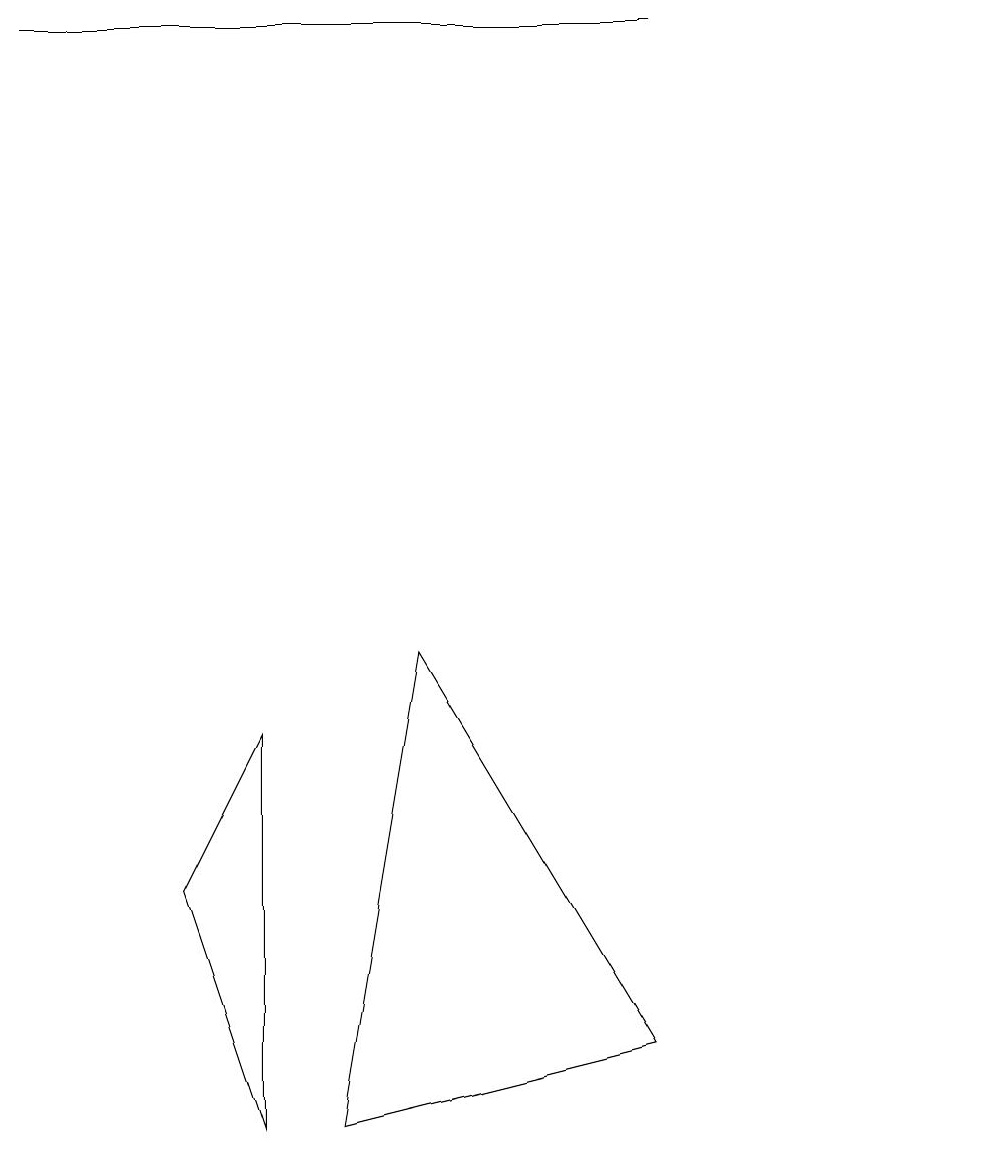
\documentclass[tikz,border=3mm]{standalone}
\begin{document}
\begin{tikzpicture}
\draw (3,8) -- (3,3) -- (2,6) -- cycle;
\draw (10,10) circle (0);
\draw (0,17) rectangle (8,17);
\draw (8,4) -- (5,9) -- (4,3) -- cycle;
\draw (10,10) circle (0);
\draw (12,11) circle (0);
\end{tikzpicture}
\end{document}